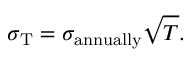
\sigma _ { \mathrm { T } } = \sigma _ { \mathrm { a n n u a l l y } } { \sqrt { T } } .